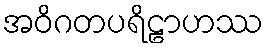
အဝိဂတပရိဠာဟဿ